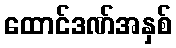
ထောင်ဒဏ်အနှစ်